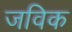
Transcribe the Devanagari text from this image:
जविक